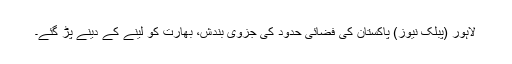
لاہور (پبلک نیوز) پاکستان کی فضائی حدود کی جزوی بندش، بھارت کو لینے کے دینے پڑ گئے۔